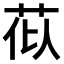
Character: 𫇹